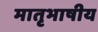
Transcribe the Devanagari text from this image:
मातृभाषीय